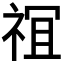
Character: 𫞵